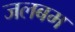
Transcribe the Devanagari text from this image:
जलबम